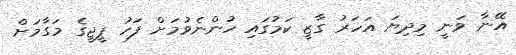
އޭނާ ވަނީ މިދިޔަ އަހަރު ގާޒީ ކަމުގައި ހުންނެވުމަށް ފަހު ޕީޖީގެ މަގާމަށް